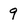
Character: g